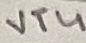
Text: VT4